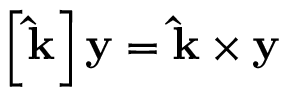
\left[ \mathbf { \hat { k } } \right] \mathbf { y } = \mathbf { \hat { k } } \times \mathbf { y }